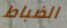
الضباط